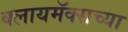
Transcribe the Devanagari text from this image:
क्लायमॅक्सच्या